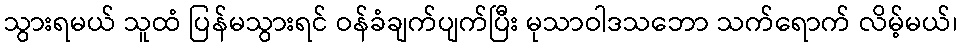
သွားရမယ် သူထံ ပြန်မသွားရင် ဝန်ခံချက်ပျက်ပြီး မုသာဝါဒသဘော သက်ရောက် လိမ့်မယ်၊